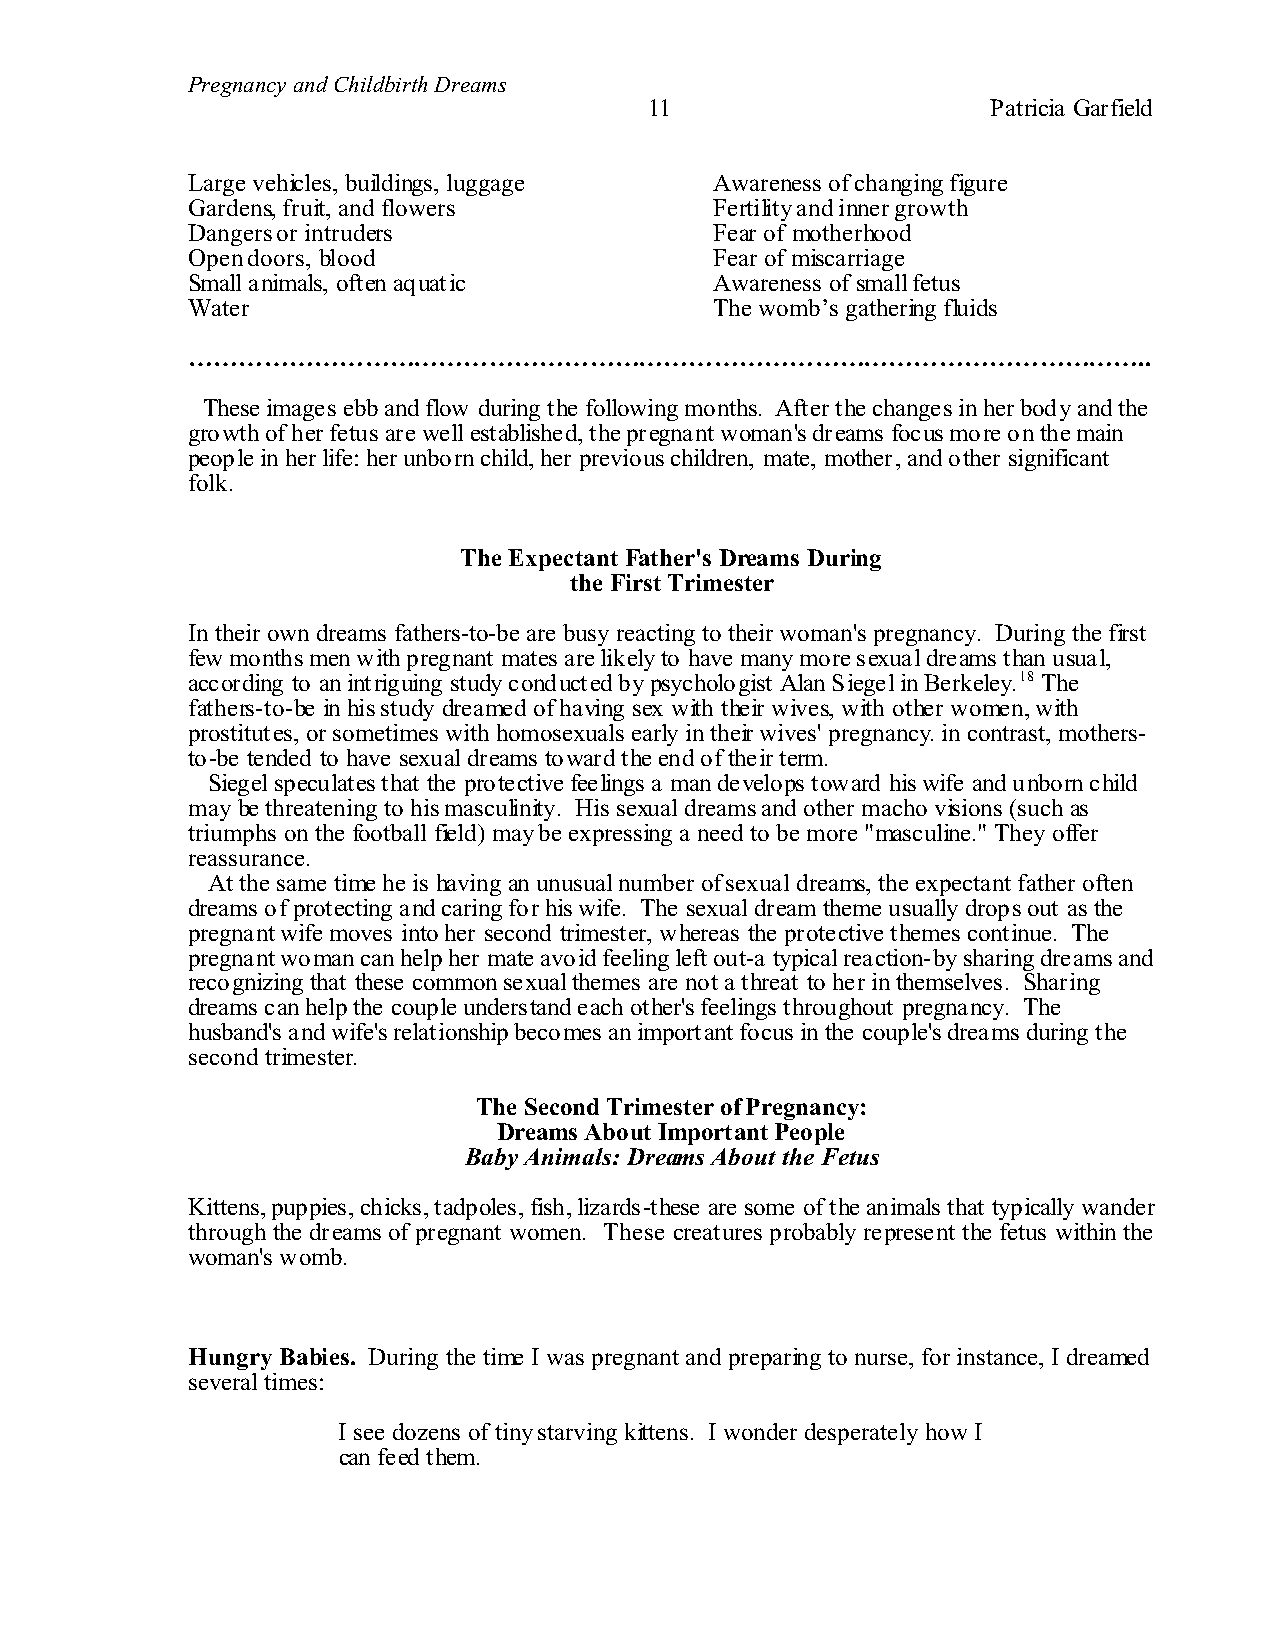
Pregnancy and Childbirth Dreams
 11                     Patricia Garfield
 Large vehicles, buildings, luggage Awareness of changing figure
 Gardens, fruit, and flowers        Fertility and inner growth
 Dangers or intruders               Fear of motherhood
 Open doors, blood                  Fear of miscarriage
 Small animals, often aquatic       Awareness of small fetus
 Water                              The womb’s gathering fluids
 ……………………………………………………………………………………………………..
 These images ebb and flow during the following months. After the changes in her body and the
 growth of her fetus are well established, the pregnant woman's dreams focus more on the main
 people in her life: her unborn child, her previous children, mate, mother, and other significant
 folk.
 The Expectant Father's Dreams During
 the First Trimester
 In their own dreams fathers-to-be are busy reacting to their woman's pregnancy. During the first
 few months men with pregnant mates are likely to have many more sexual dreams than usual,
 according to an intriguing study conducted by psychologist Alan Siegel in Berkeley.18 The
 fathers-to-be in his study dreamed of having sex with their wives, with other women, with
 prostitutes, or sometimes with homosexuals early in their wives' pregnancy. in contrast, mothers-
 to-be tended to have sexual dreams toward the end of their term.
 Siegel speculates that the protective feelings a man develops toward his wife and unborn child
 may be threatening to his masculinity. His sexual dreams and other macho visions (such as
 triumphs on the football field) may be expressing a need to be more "masculine." They offer
 reassurance.
 At the same time he is having an unusual number of sexual dreams, the expectant father often
 dreams of protecting and caring for his wife. The sexual dream theme usually drops out as the
 pregnant wife moves into her second trimester, whereas the protective themes continue. The
 pregnant woman can help her mate avoid feeling left out-a typical reaction-by sharing dreams and
 recognizing that these common sexual themes are not a threat to her in themselves. Sharing
 dreams can help the couple understand each other's feelings throughout pregnancy. The
 husband's and wife's relationship becomes an important focus in the couple's dreams during the
 second trimester.
 The Second Trimester of Pregnancy:
 Dreams About Important People
 Baby Animals: Dreams About the Fetus
 Kittens, puppies, chicks, tadpoles, fish, lizards-these are some of the animals that typically wander
 through the dreams of pregnant women. These creatures probably represent the fetus within the
 woman's womb.
 Hungry Babies. During the time I was pregnant and preparing to nurse, for instance, I dreamed
 several times:
 I see dozens of tiny starving kittens. I wonder desperately how I
 can feed them.